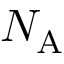
N _ { \mathrm { A } }